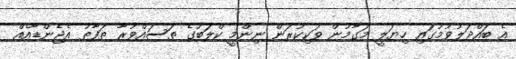
އެ ބައްދަލުވުމުގައި ހިޔަލީ މަގާމުން ވަކިކުރަން ނިންމީ ކްލަބުގެ ތަސައްވުރާ ތަފާތު އެޖެންޑާއެއް